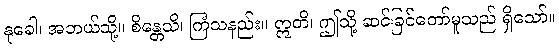
နုခေါ၊ အဘယ်သို့။ စိန္တေသိ၊ ကြံသနည်း။ ဣတိ၊ ဤသို့ ဆင်ခြင်တော်မူသည် ရှိသော်။